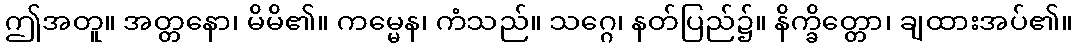
ဤအတူ။ အတ္တနော၊ မိမိ၏။ ကမ္မေန၊ ကံသည်။ သဂ္ဂေ၊ နတ်ပြည်၌။ နိက္ခိတ္တော၊ ချထားအပ်၏။